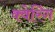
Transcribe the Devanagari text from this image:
क्वेरिंग